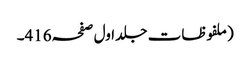
(ملفوظات جلد اول صفحہ416۔